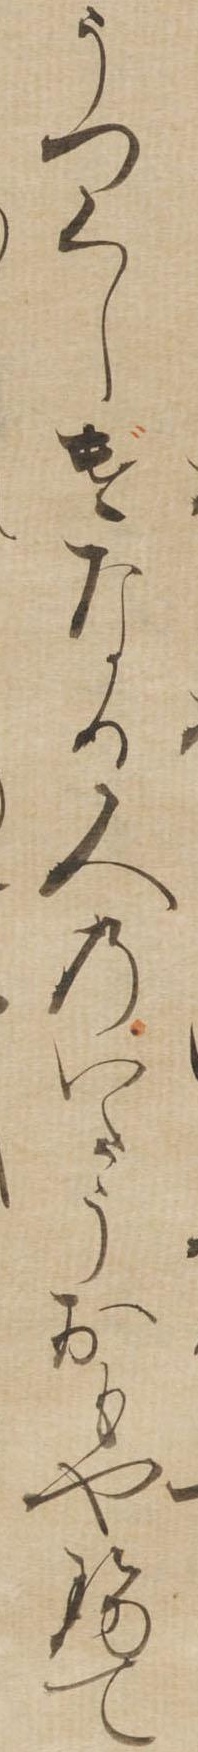
うつくしげなる人のいたうおもやせて